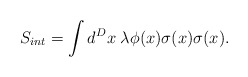
\begin{align*}S_{int} = \int d^D x \; \lambda \phi(x) \sigma(x) \sigma(x).\end{align*}